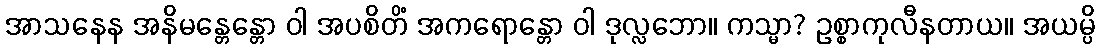
အာသနေန အနိမန္တေန္တော ဝါ အပစိတိံ အကရောန္တော ဝါ ဒုလ္လဘော။ ကသ္မာ? ဥစ္စာကုလီနတာယ။ အယမ္ပိ